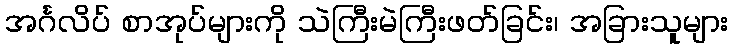
အင်္ဂလိပ် စာအုပ်များကို သဲကြီးမဲကြီးဖတ်ခြင်း၊ အခြားသူများ